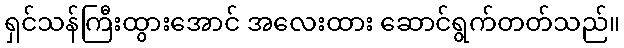
ရှင်သန်ကြီးထွားအောင် အလေးထား ဆောင်ရွက်တတ်သည်။